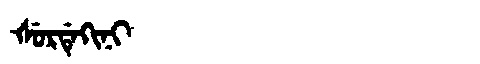
Manchu: ᡧᡠᡵᡩᡝᡴᡳᠨᡳ
Romanization: ŠURDEKINI